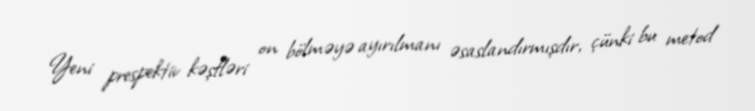
Yeni prespektiv kəşfləri on bölməyə ayırılmanı əsaslandırmışdır, çünki bu metod